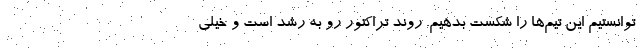
توانستیم این تیم‌ها را شکست بدهیم. روند تراکتور رو به رشد است و خیلی